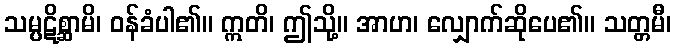
သမ္ပဋိစ္ဆာမိ၊ ဝန်ခံပါ၏။ ဣတိ၊ ဤသို့။ အာဟ၊ လျှောက်ဆိုပေ၏။ သတ္တမီ၊